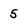
Character: 5